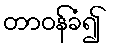
တာဝန်ခံ၍